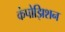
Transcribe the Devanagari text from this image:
कंपोझिशन